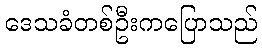
ဒေသခံတစ်ဦးကပြောသည်